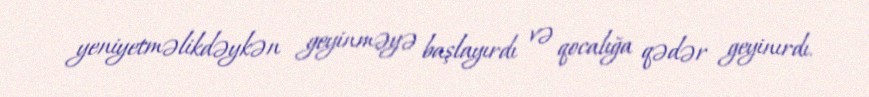
yeniyetməlikdəykən geyinməyə başlayırdı və qocalığa qədər geyinırdı.